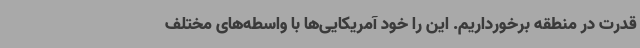
قدرت در منطقه برخورداریم. این را خود آمریکایی‌ها با واسطه‌های مختلف